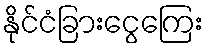
နိုင်ငံခြားငွေကြေး